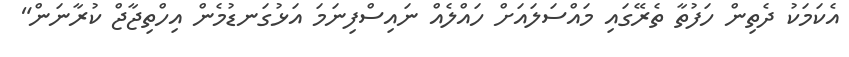
އެކަމަކު ދެތިން ހަފުތާ ތެރޭގައި މައްސަލައަށް ހައްލެއް ނައިސްފިނަމަ އަޅުގަނޑުމެން އިހްތިޖާޖް ކުރާނަން"